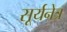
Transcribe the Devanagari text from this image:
सूर्यनेत्र